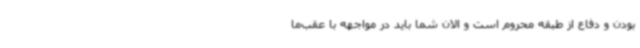
بودن و دفاع از طبقه محروم است و الان شما باید در مواجهه با عقب‌ما